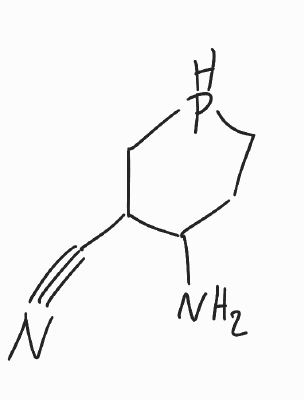
Simplified molecular-input line-entry system (SMILES) notation of the given molecule:
C1CPCC(C1N)C#N